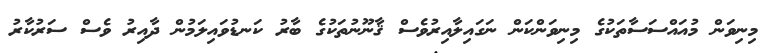
މިނިވަން މުއައްސަސާތަކުގެ މިނިވަންކަން ނަގައިލާއިރުވެސް ޤާނޫނުތަކުގެ ބާރު ކަނޑުވައިލަމުން ދާއިރު ވެސް ސަރުކާރު